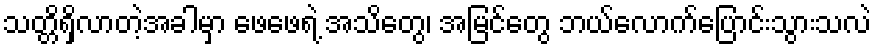
သတ္တိရှိလာတဲ့အခါမှာ ဖေဖေရဲ့ အသိတွေ၊ အမြင်တွေ ဘယ်လောက်ပြောင်းသွားသလဲ